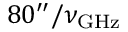
8 0 ^ { \prime \prime } / \nu _ { \mathrm { G H z } }